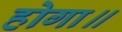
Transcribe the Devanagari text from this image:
होगा॥